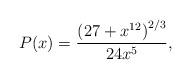
LaTeX: \begin{align*}P(x)=\frac{\left(27+x^{12}\right)^{2/3}}{24x^5},\end{align*}